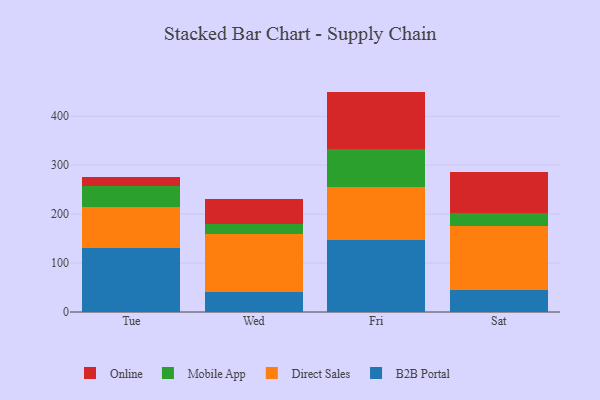
{"axis": {"x": "Day", "y": "Headcount"}, "legend": ["B2B Portal", "Direct Sales", "Mobile App", "Online"], "data": [{"x": "Tue", "y": 130.8, "type": "B2B Portal"}, {"x": "Tue", "y": 84.2, "type": "Direct Sales"}, {"x": "Tue", "y": 41.7, "type": "Mobile App"}, {"x": "Tue", "y": 19.0, "type": "Online"}, {"x": "Wed", "y": 40.6, "type": "B2B Portal"}, {"x": "Wed", "y": 119.3, "type": "Direct Sales"}, {"x": "Wed", "y": 19.7, "type": "Mobile App"}, {"x": "Wed", "y": 51.4, "type": "Online"}, {"x": "Fri", "y": 146.7, "type": "B2B Portal"}, {"x": "Fri", "y": 109.4, "type": "Direct Sales"}, {"x": "Fri", "y": 76.1, "type": "Mobile App"}, {"x": "Fri", "y": 118.1, "type": "Online"}, {"x": "Sat", "y": 45.6, "type": "B2B Portal"}, {"x": "Sat", "y": 130.0, "type": "Direct Sales"}, {"x": "Sat", "y": 25.8, "type": "Mobile App"}, {"x": "Sat", "y": 85.0, "type": "Online"}]}